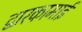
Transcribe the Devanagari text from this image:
द्वारकामाई